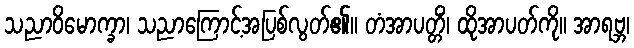
သညာဝိမောက္ခာ၊ သညာကြောင့်အပြစ်လွတ်၏။ တံအာပတ္တိံ၊ ထိုအာပတ်ကို။ အာရဗ္ဘ၊